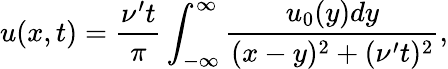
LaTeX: u(x,t)=\frac{\nu^{\prime}t}{\pi}\int_{-\infty}^{\infty}\frac{u_{0}(y)dy}{(x-y)^{2}+(\nu^{\prime}t)^{2}},